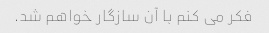
فکر می کنم با آن سازگار خواهم شد.